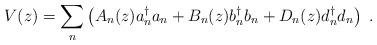
LaTeX: \begin{align*}V(z) = {\sum_n} \left( A_n (z) a{_n ^\dagger} a_n + B_n (z) b{_n^\dagger} b_n + D_n (z) d{_n ^\dagger} d_n \right)\; .\end{align*}